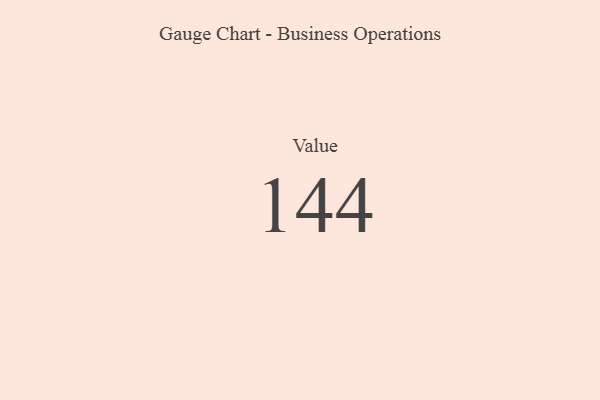
{"axis": {"x": "Metric", "y": "Value"}, "legend": [""], "data": [{"x": "Value", "y": 144, "type": ""}]}